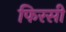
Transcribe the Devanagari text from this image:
फिरसी